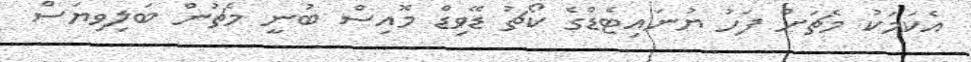
އެކަމަކު މެޗަށް ފަހު ޔުނައިޓެޑްގެ ކޯޗު ޑޭވިޑް މޮއިސް ބުނީ މެޗުން ބަލިވިޔަސް